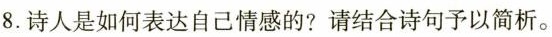
8.诗人是如何表达自己情感的?请结合诗句予以简析。